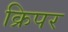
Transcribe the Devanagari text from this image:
क्रिपर